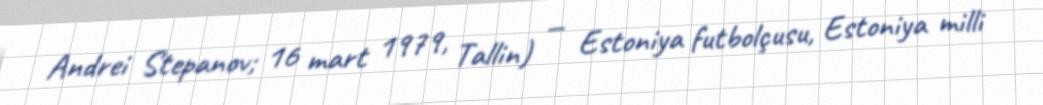
Andrei Stepanov; 16 mart 1979, Tallin) — Estoniya futbolçusu, Estoniya milli